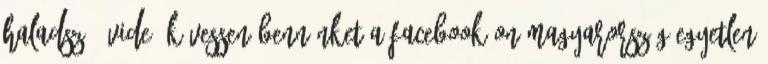
haladsz – VIDEÓ Kövessen bennünket a Facebook-on Magyarország egyetlen